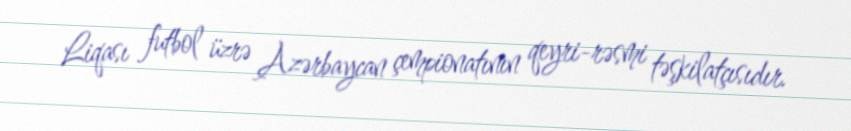
Liqası futbol üzrə Azərbaycan çempionatının qeyri-rəsmi təşkilatçısıdır.